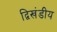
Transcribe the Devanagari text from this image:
द्विखंडीय